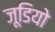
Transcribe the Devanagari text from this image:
जूडियो